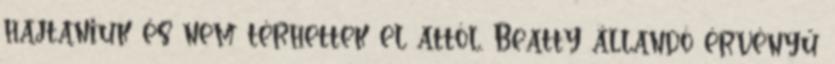
hajtaniuk és nem térhettek el attól. Beatty állandó érvényű